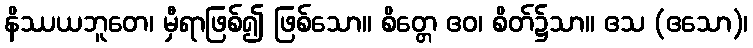
နိဿယဘူတေ၊ မှီရာဖြစ်၍ ဖြစ်သော။ စိတ္တေ ဧဝ၊ စိတ်၌သာ။ ဧသ (ဧသော)၊